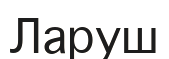
Ларуш